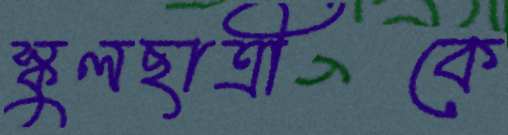
স্কুলছাত্রীকে